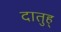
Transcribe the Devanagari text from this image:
दातुह्